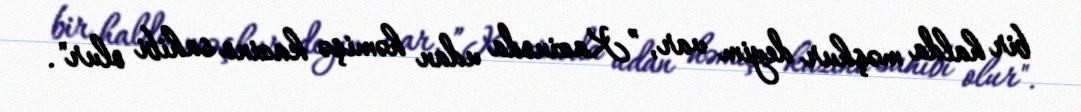
bir halda məşhur deyim var, ”Kazinoda udan həmişə kazino sahibi olur".